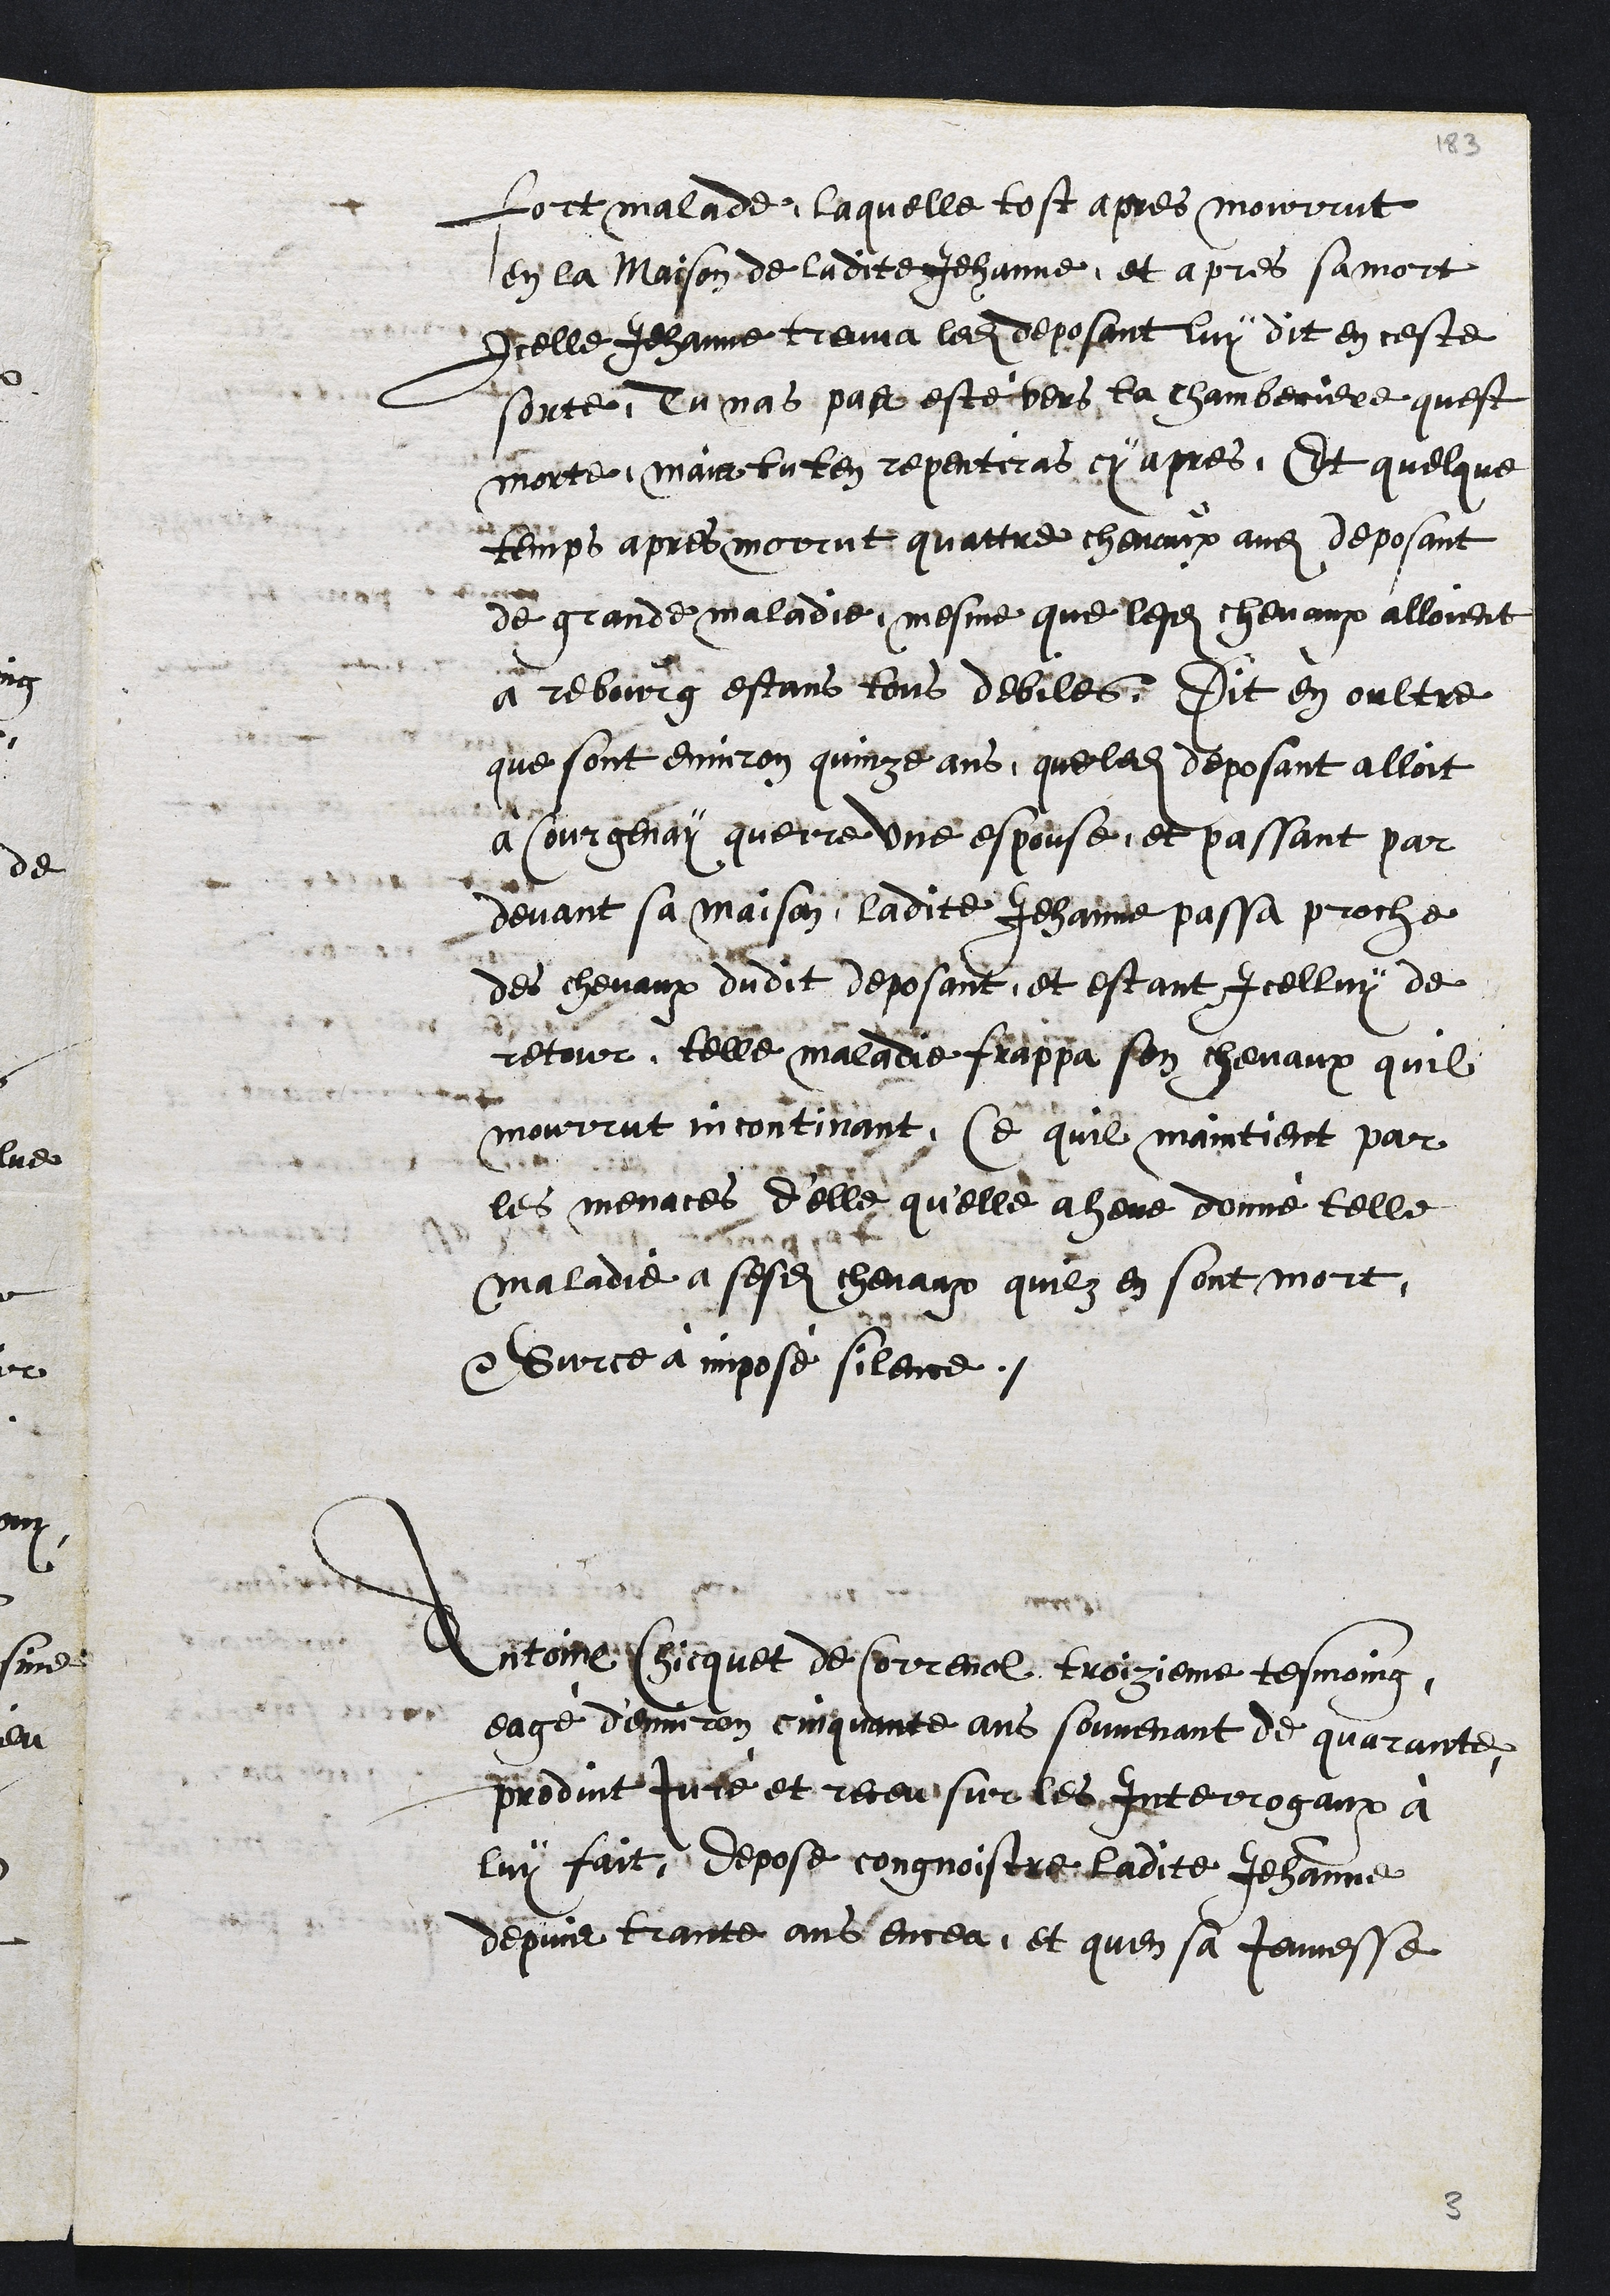
fort malade, laquelle tost apres mourrut
en la maison de ladite Jehanne, et apres sa mort
icelle Jehanne treuva ledit deposant luy dit en ceste
sorte, tu nas pas esté vers la chamberiere quest
morte, mais tu ten repentiras cy apres. Et quelque
temps apres mourut quattre chevaux audit deposant
de grande maladie, mesme que lesdits chevaux alloient
a rebourg estans tous debiles. Dit en oultre
que sont environ quinze ans, que ledit deposant alloit
à Courgenay querre une espouse, et passant par
devant sa maison, ladite Jehanne passa proche
des chevaux dudit deposant, et estant icelluy de
retour, telle maladie frappa son chevaux quil
mourrut incontinant, Ce quil maintient par
les menaces d'elle qu'elle a heue donné telle
maladie a sesdits chevaux quilz en sont mort.
Surce à imposé silence.
Antoine Chicquet de Correnol troizieme tesmoing
eagé d'environ cinquante ans souvenant de quarante,
produit juré et receu sur les Interrogaux à
luy fait depose congnoistre ladite Jehanne
depuis trante ans encea, et qu'en sa Jeunesse

3